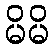
မိမိ